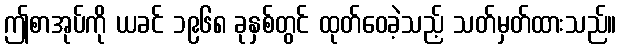
ဤစာအုပ်ကို ယခင် ၁၉၆၈ ခုနှစ်တွင် ထုတ်ဝေခဲ့သည့် သတ်မှတ်ထားသည်။